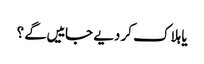
یا ہلاک کر دیے جاییں گے ؟